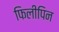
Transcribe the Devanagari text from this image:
फिलीपिन